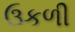
ઉકળી